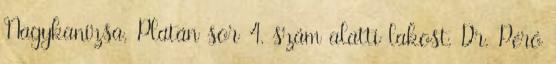
Nagykanizsa, Platán sor 4. szám alatti lakost, Dr. Péró